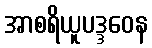
အာစရိယူပဒ္ဒဝေန